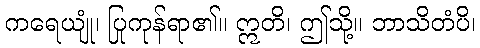
ကရေယျုံ၊ ပြုကုန်ရာ၏။ ဣတိ၊ ဤသို့။ ဘာသိတံပိ၊